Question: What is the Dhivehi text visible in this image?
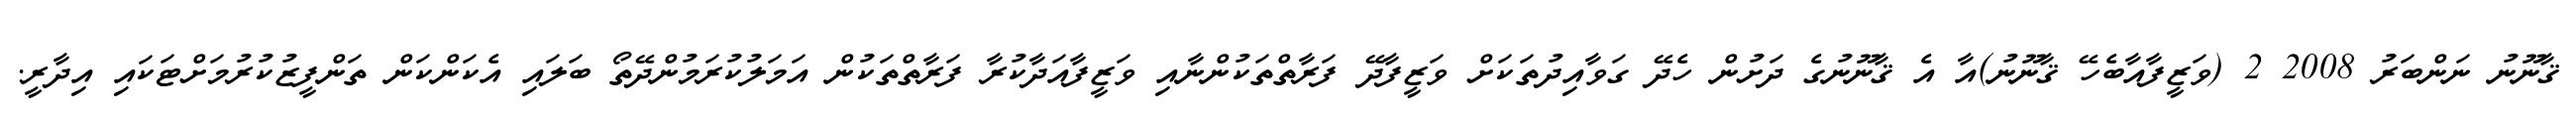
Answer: ޤާނޫނު ނަންބަރު 2008 2 (ވަޒީފާއާބެހޭ ޤާނޫނު)އާ އެ ޤާނޫނުގެ ދަށުން ހެދޭ ގަވާއިދުތަކަށް ވަޒީފާދޭ ފަރާތްތަކުންނާއި ވަޒީފާއަދާކުރާ ފަރާތްތަކުން އަމަލުކުރަމުންދޭތޯ ބަލައި އެކަންކަން ތަންފީޒުކުރުމަށްޓަކައި އިދާރީ.